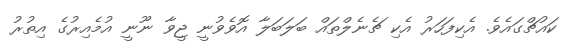
ކައުޗްގައެވެ. އެކިފަހަރު އެކި ޗެނެލްތައް ބަލަބަލާ އޮވެވުނީ ޖީވާ ނޫނީ އުމެއިރުގެ އިތުރު